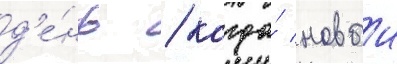
д'е́нь / когда́ новыи